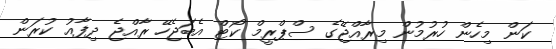
ކަން މިހެން ހުރުމުން މިރާއްޖޭގެ ސްޕްރީމް ކޯޓް އެބަޖެހޭ ރާއްޖެ ދިފާއު ކުރަން